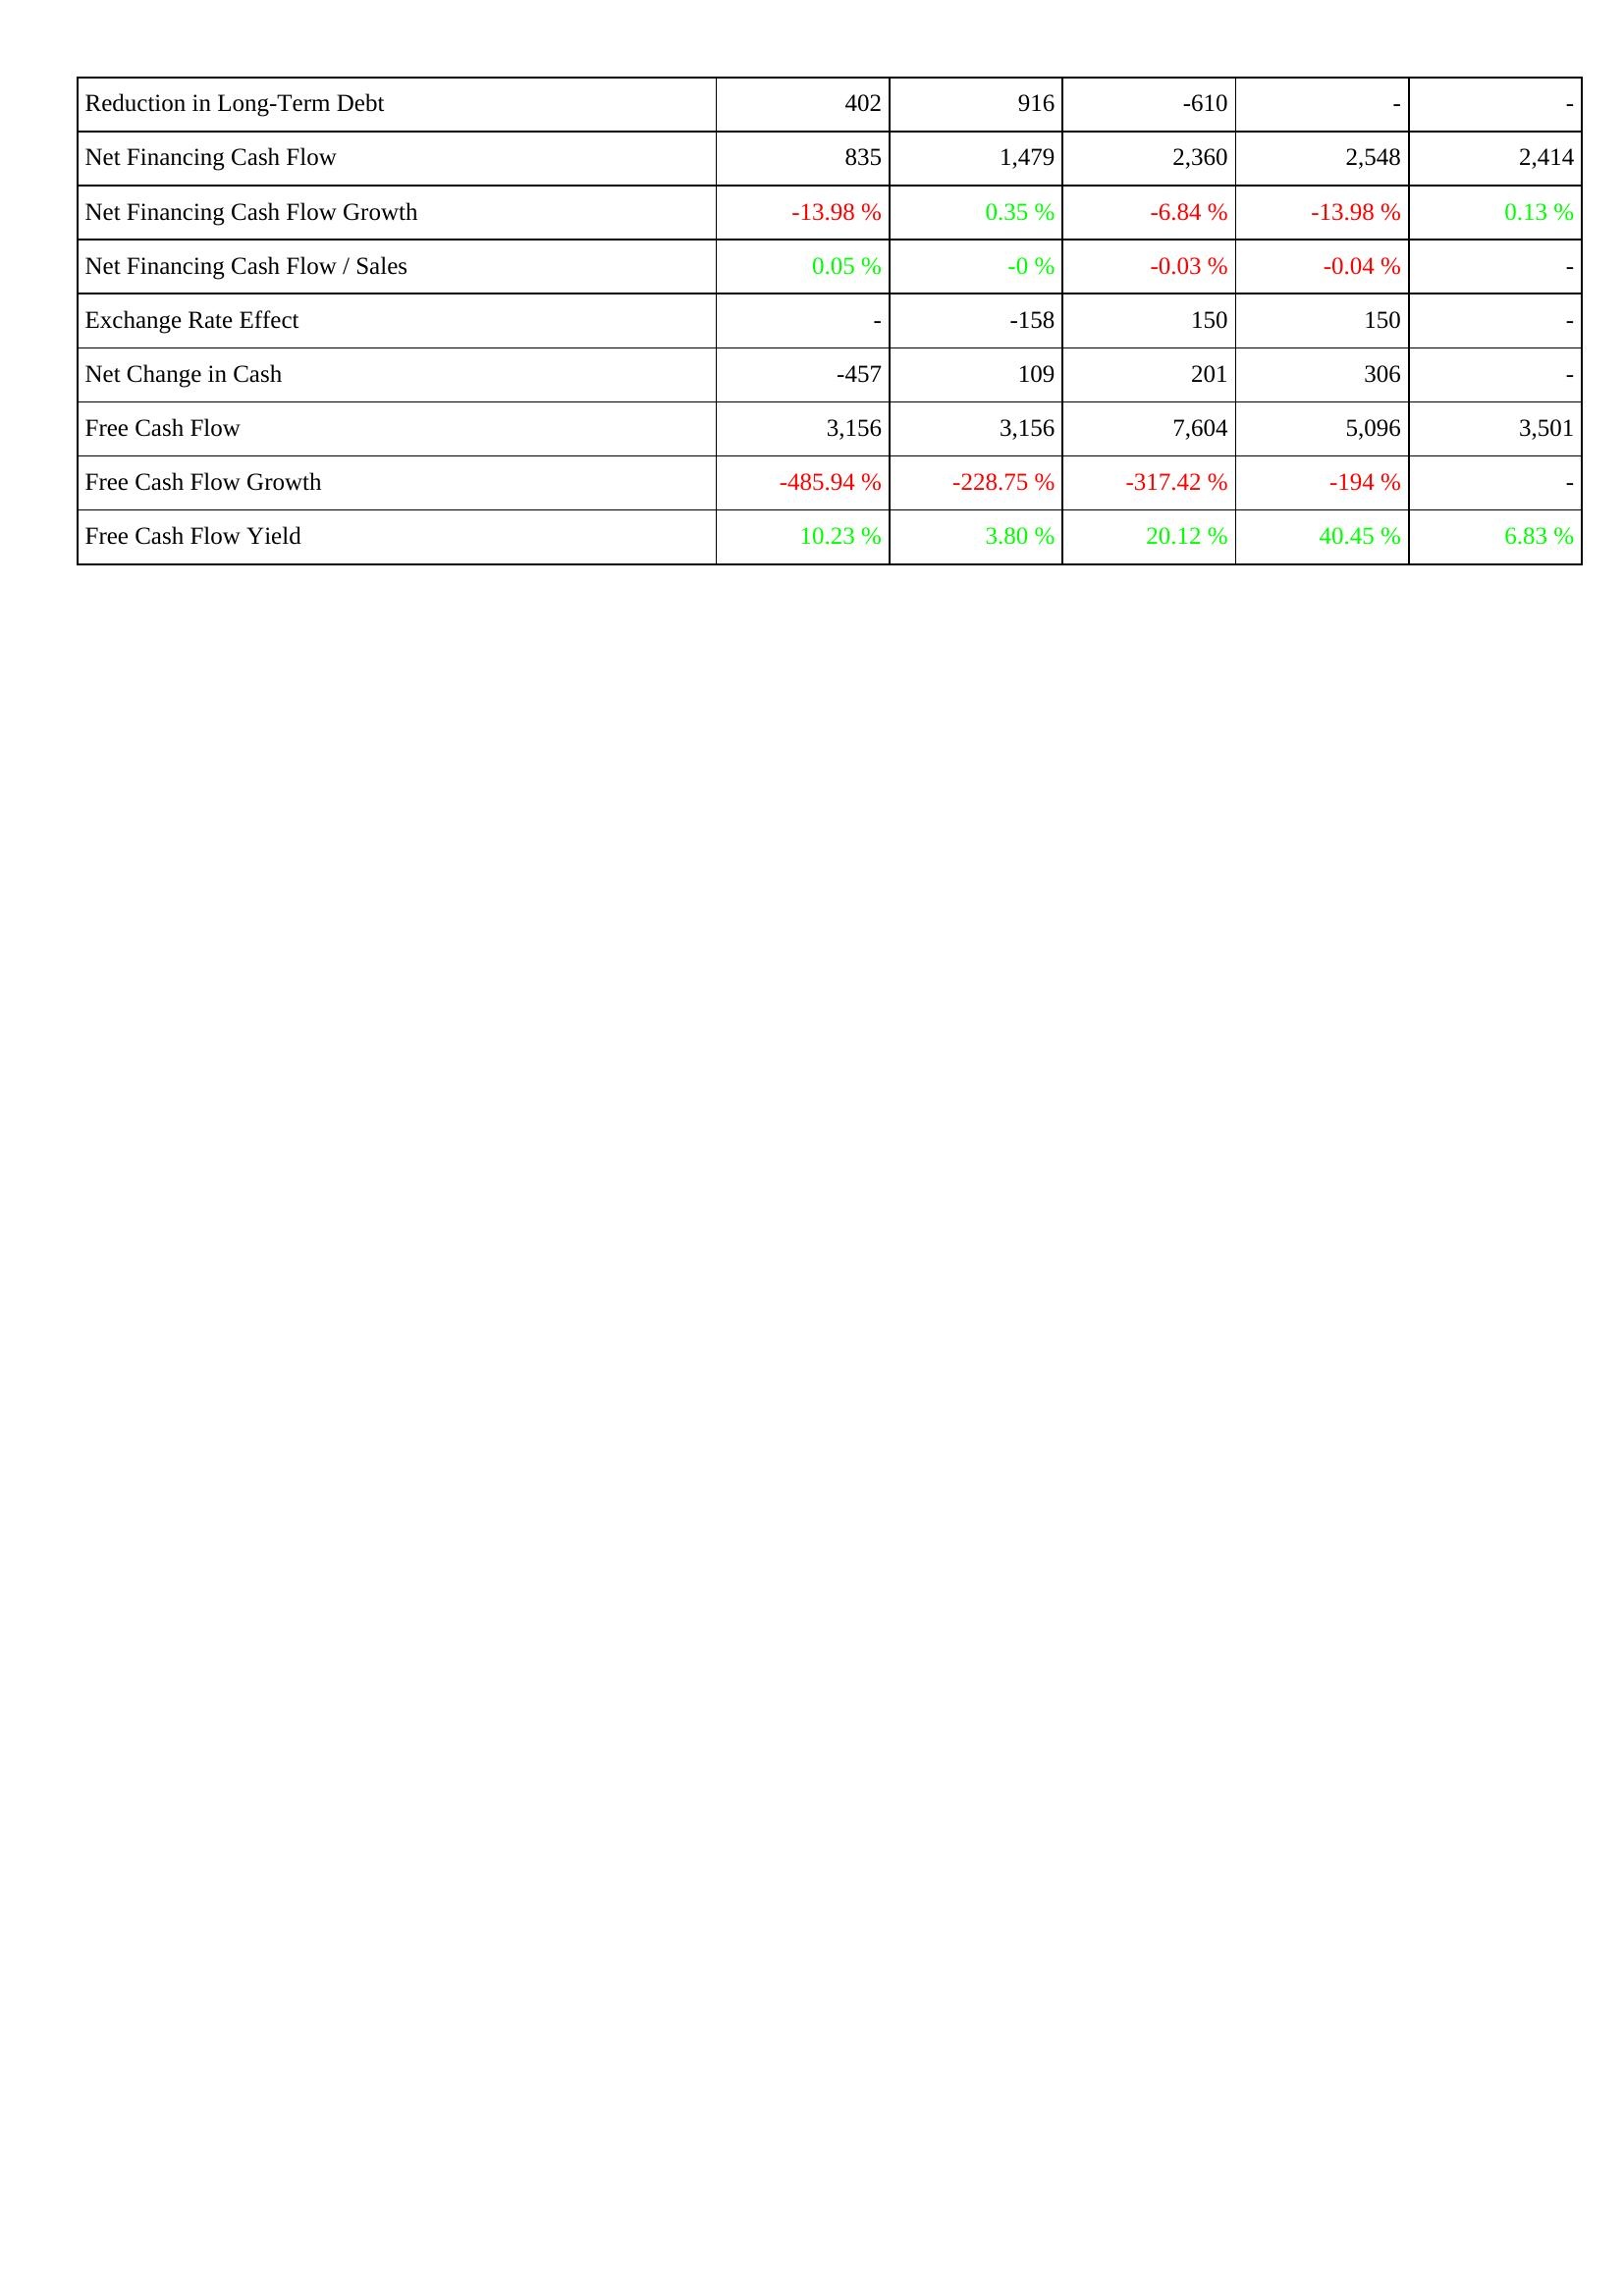
2025: Financing Activities: Reduction in Long-Term Debt: 402
Net Financing Cash Flow: 835
Net Financing Cash Flow Growth: -13.98 %
Net Financing Cash Flow / Sales: 0.05 %
Exchange Rate Effect: -
Net Change in Cash: -457
Free Cash Flow: 3,156
Free Cash Flow Growth: -485.94 %
Free Cash Flow Yield: 10.23 %
2024: Financing Activities: Reduction in Long-Term Debt: 916
Net Financing Cash Flow: 1,479
Net Financing Cash Flow Growth: 0.35 %
Net Financing Cash Flow / Sales: -0 %
Exchange Rate Effect: -158
Net Change in Cash: 109
Free Cash Flow: 3,156
Free Cash Flow Growth: -228.75 %
Free Cash Flow Yield: 3.80 %
2023: Financing Activities: Reduction in Long-Term Debt: -610
Net Financing Cash Flow: 2,360
Net Financing Cash Flow Growth: -6.84 %
Net Financing Cash Flow / Sales: -0.03 %
Exchange Rate Effect: 150
Net Change in Cash: 201
Free Cash Flow: 7,604
Free Cash Flow Growth: -317.42 %
Free Cash Flow Yield: 20.12 %
2022: Financing Activities: Reduction in Long-Term Debt: -
Net Financing Cash Flow: 2,548
Net Financing Cash Flow Growth: -13.98 %
Net Financing Cash Flow / Sales: -0.04 %
Exchange Rate Effect: 150
Net Change in Cash: 306
Free Cash Flow: 5,096
Free Cash Flow Growth: -194 %
Free Cash Flow Yield: 40.45 %
2021: Financing Activities: Reduction in Long-Term Debt: -
Net Financing Cash Flow: 2,414
Net Financing Cash Flow Growth: 0.13 %
Net Financing Cash Flow / Sales: -
Exchange Rate Effect: -
Net Change in Cash: -
Free Cash Flow: 3,501
Free Cash Flow Growth: -
Free Cash Flow Yield: 6.83 %